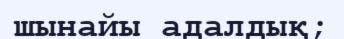
шынайы адалдық;